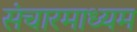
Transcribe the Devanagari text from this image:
संचारमाध्यम